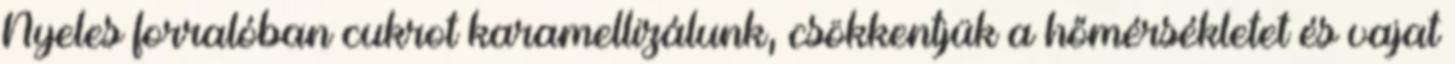
Nyeles forralóban cukrot karamellizálunk, csökkentjük a hőmérsékletet és vajat